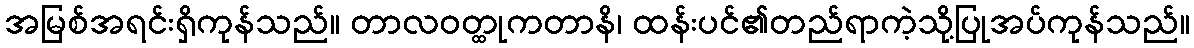
အမြစ်အရင်းရှိကုန်သည်။ တာလဝတ္ထုကတာနိ၊ ထန်းပင်၏တည်ရာကဲ့သို့ပြုအပ်ကုန်သည်။